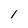
Character: l